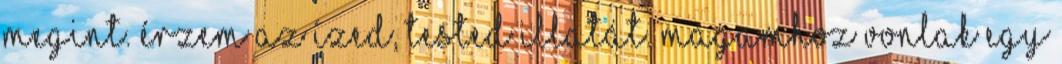
megint. érzem az ízed, tested illatát. magamhoz vonlak egy